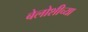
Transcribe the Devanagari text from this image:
बेलोशीच्या